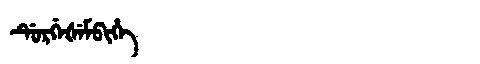
Manchu: ᡩᡠᡵᡤᡝᡧᡝᠮᠪᡳᡥᡝ
Romanization: DURGEŠEMBIHE